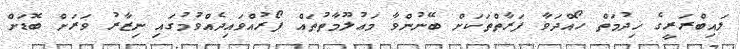
ލައިބްރަރީގެ ޚިދުމަތް ހޯއްދަވާ ފަރާތްތަކަށް ބޭނުންވާ މަޢުލޫމާތުތައް ފޯރުއްވައިދެއްވުމުގައި ނިޒާރު ވަރަށް ބޮޑަށް